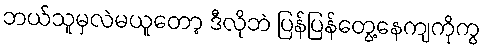
ဘယ်သူမှလဲမယူတော့ ဒီလိုဘဲ ပြန်ပြန်တွေ့နေကျကိုကွ